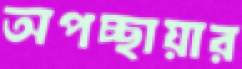
অপচ্ছায়ার